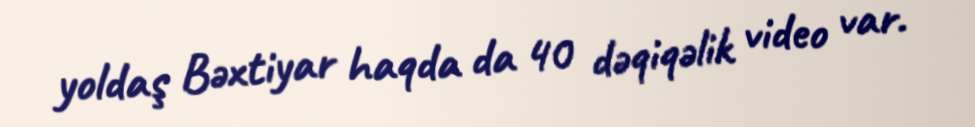
yoldaş Bəxtiyar haqda da 40 dəqiqəlik video var.